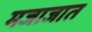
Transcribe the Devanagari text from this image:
मजाजात